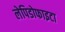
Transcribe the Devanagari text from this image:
लेपिडोफाइटा